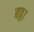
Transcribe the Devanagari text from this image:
बठ्ठा